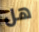
هل